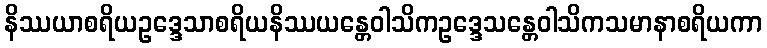
နိဿယာစရိယဥဒ္ဒေသာစရိယနိဿယန္တေဝါသိကဥဒ္ဒေသန္တေဝါသိကသမာနာစရိယကာ